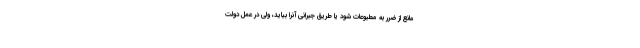
مانع از ضرر به مطبوعات شود یا طریق جبرانی آنرا بیاید، ولی در عمل دولت